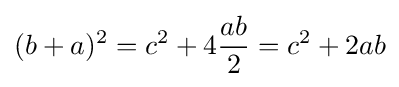
(b+a)^{2}=c^{2}+4{\frac {ab}{2}}=c^{2}+2ab